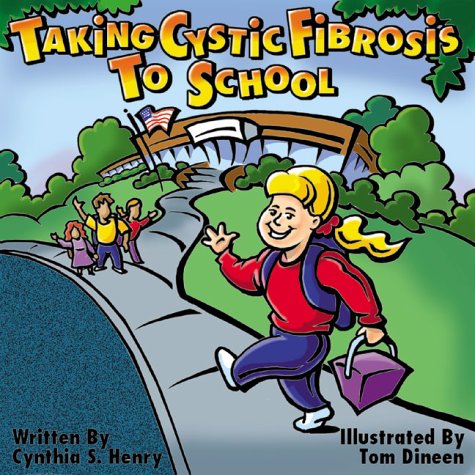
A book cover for Taking Cystic Fibrosis to School; Cynthia S. Henry; Health, Fitness & Dieting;